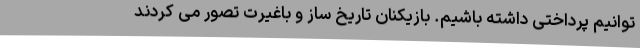
توانیم پرداختی داشته باشیم. بازیکنان تاریخ ساز و باغیرت تصور می کردند